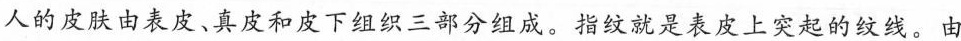
人的皮肤由表皮、真皮和皮下组织三部分组成。指纹就是表皮上突起的纹线。由